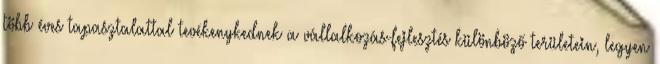
több éves tapasztalattal tevékenykednek a vállalkozás-fejlesztés különböző területein, legyen